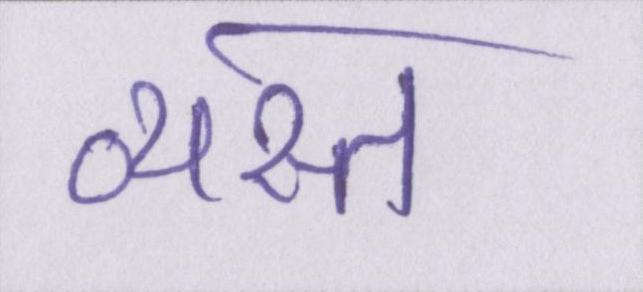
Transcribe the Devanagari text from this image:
व्यस्त